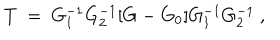
T \ = \ G _ { 1 } ^ { - 1 } G _ { 2 } ^ { - 1 } [ G - G _ { 0 } ] G _ { 1 } ^ { - 1 } G _ { 2 } ^ { - 1 } \ ,